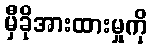
မှီခိုအားထားမှုကို